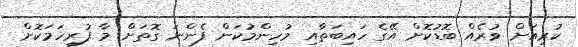
ކުރިއަށް ވުރެއް ބޮޑުކޮށް އޭގެ ހައިބަތާއި މުހިންމުކަން ފެންނަ ގޮތަށް މާ ފުރިހަމަކޮށް